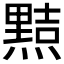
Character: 𭶑